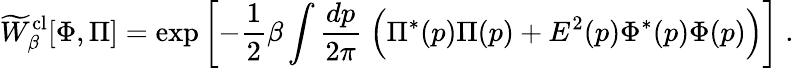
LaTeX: \widetilde W_{\beta}^{\mathrm{cl}}[\Phi,\Pi]=\mathrm{exp}\left[-{\frac{1}{2}}\beta\int{\frac{dp}{2\pi}}\; \Bigl(\Pi^{*}(p)\Pi(p)+E^{2}(p)\Phi^{*}(p)\Phi(p)\Bigr)\right]\; .